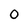
Character: 0